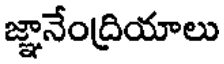
జ్ఞానేంద్రియాలు